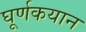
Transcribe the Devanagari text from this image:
घूर्णकयान